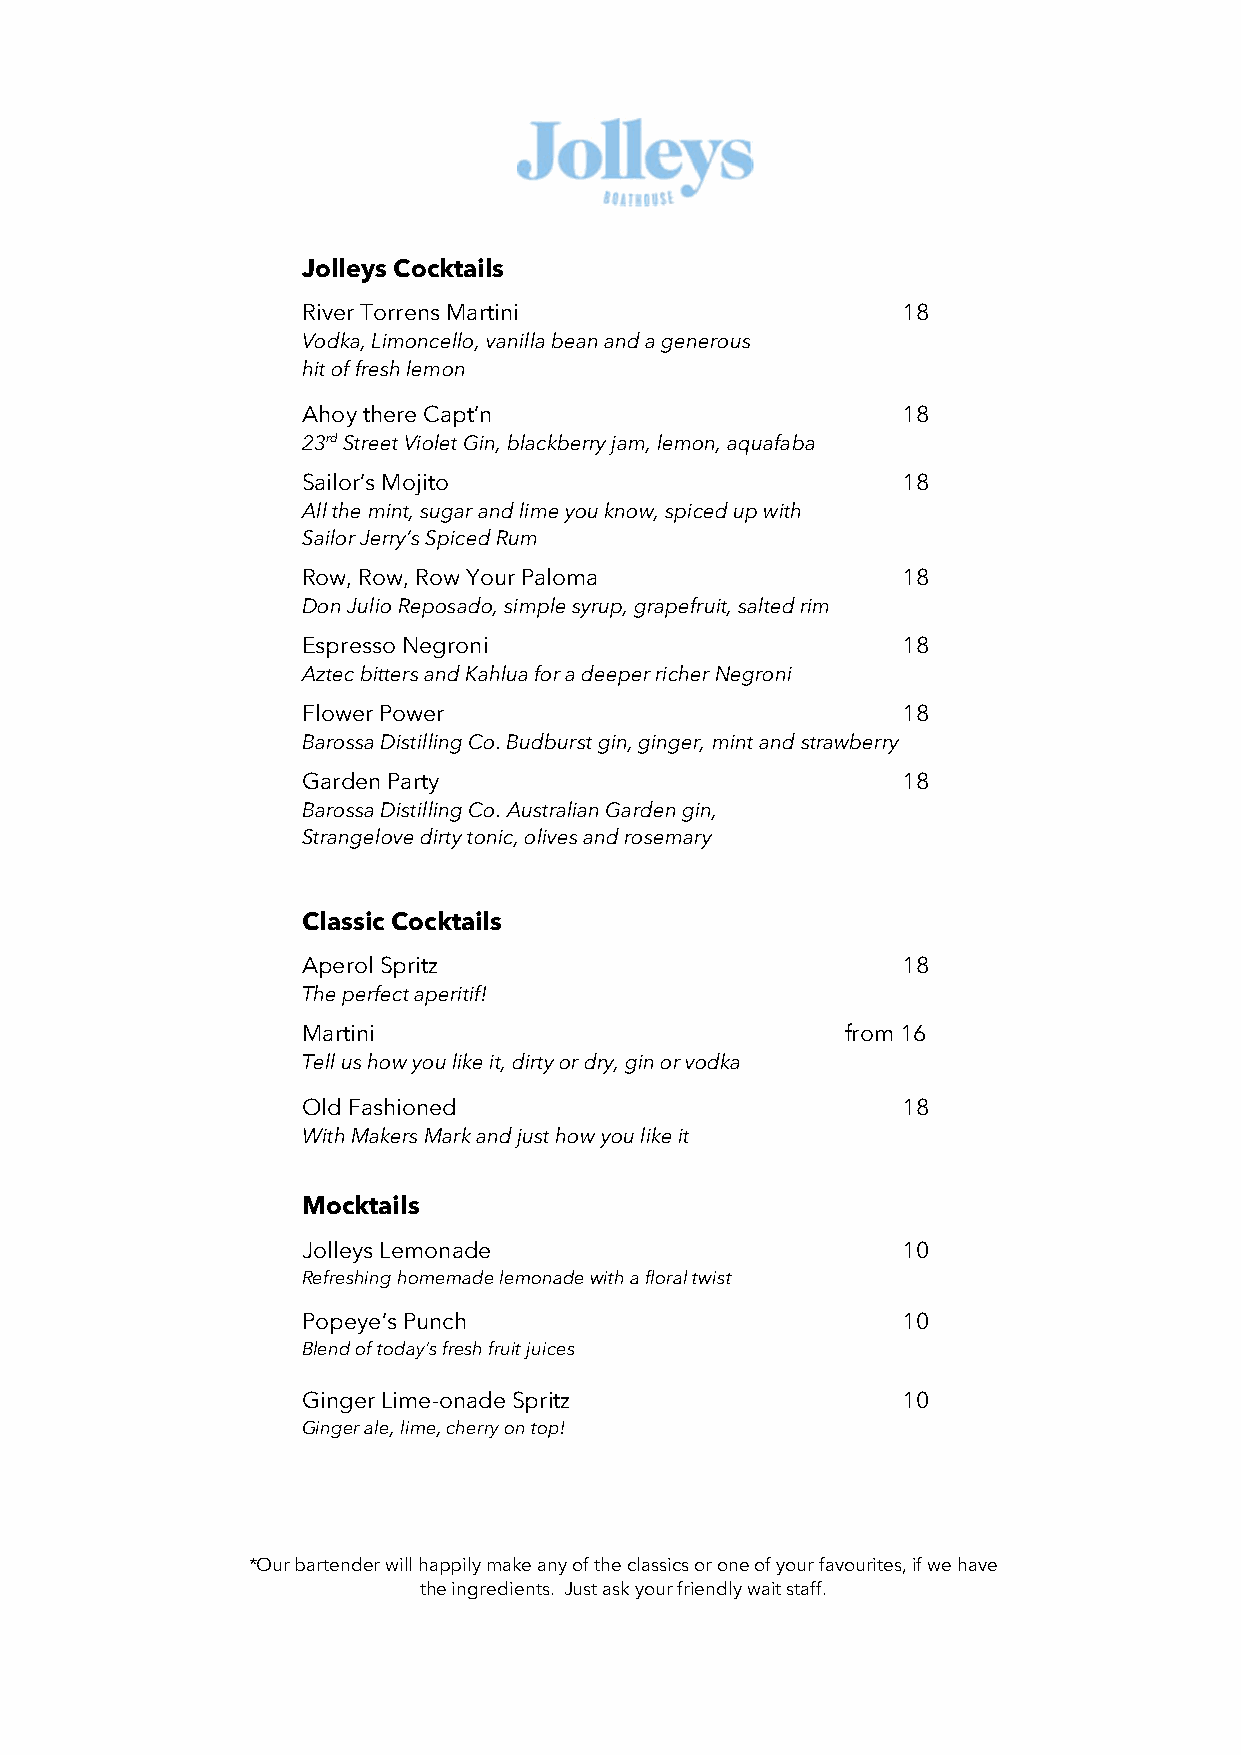
Jolleys Cocktails
 River Torrens Martini                   18
 Vodka, Limoncello, vanilla bean and a generous
 hit of fresh lemon
 Ahoy there Capt’n                       18
 23rd Street Violet Gin, blackberry jam, lemon, aquafaba
 Sailor’s Mojito                         18
 All the mint, sugar and lime you know, spiced up with
 Sailor Jerry’s Spiced Rum
 Row, Row, Row Your Paloma               18
 Don Julio Reposado, simple syrup, grapefruit, salted rim
 Espresso Negroni                        18
 Aztec bitters and Kahlua for a deeper richer Negroni
 Flower Power                            18
 Barossa Distilling Co. Budburst gin, ginger, mint and strawberry
 Garden Party                            18
 Barossa Distilling Co. Australian Garden gin,
 Strangelove dirty tonic, olives and rosemary
 Classic Cocktails
 Aperol Spritz                           18
 The perfect aperitif!
 Martini                             from 16
 Tell us how you like it, dirty or dry, gin or vodka
 Old Fashioned                           18
 With Makers Mark and just how you like it
 Mocktails
 Jolleys Lemonade                        10
 Refreshing homemade lemonade with a floral twist
 Popeye’s Punch                          10
 Blend of today’s fresh fruit juices
 Ginger Lime-onade Spritz                10
 Ginger ale, lime, cherry on top!
 *Our bartender will happily make any of the classics or one of your favourites, if we have
 the ingredients. Just ask your friendly wait staff.